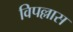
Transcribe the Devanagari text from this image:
विपल्लास